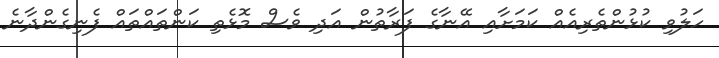
ހަލުވި ކުޅުންތެރިއެއް ކަމަށާއި އޭނާގެ ފަރާތުން އަދި ވެސް މޮޅެތި ކަންތައްތައް ފެނިގެންދާނެ